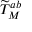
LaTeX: { \widetilde { T } } _ { M } ^ { a b }